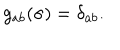
g _ { a b } ( \sigma ) = \delta _ { a b } .